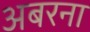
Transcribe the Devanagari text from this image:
अबरना